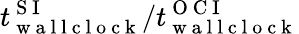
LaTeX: t_{\mathrm{~w~a~l~l~c~l~o~c~k~}}^{\mathrm{~S~I~}}/t_{\mathrm{~w~a~l~l~c~l~o~c~k~}}^{\mathrm{~O~C~I~}}